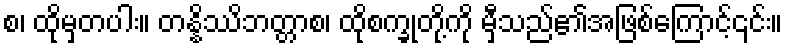
စ၊ ထိုမှတပါး။ တန္နိဿိဘတ္တာစ၊ ထိုစက္ခုတို့ကို မှီသည်၏အဖြစ်ကြောင့်၎င်း။